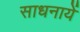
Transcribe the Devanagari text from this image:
साधनायें